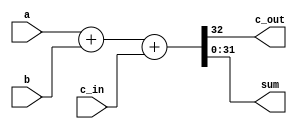
module Verification_32bit(
    output c_out,
    output [31:0] sum,
    input [31:0] a,
    input [31:0] b,
    input c_in
    );
    
	assign {c_out, sum} = a + b + c_in;
	
endmodule